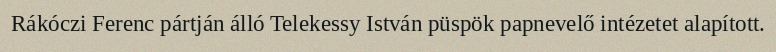
Rákóczi Ferenc pártján álló Telekessy István püspök papnevelő intézetet alapított.